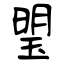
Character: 琞